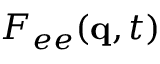
F _ { e e } ( \mathbf { q } , t )